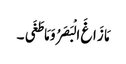
مَا زَاغَ الْبَصَرُ وَ مَا طَغَی ۔